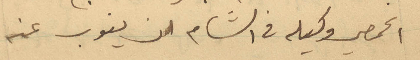
الحمصي وكيله في الشام ان ينوب عنه